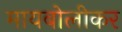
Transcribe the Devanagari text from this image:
मायबोलीकर